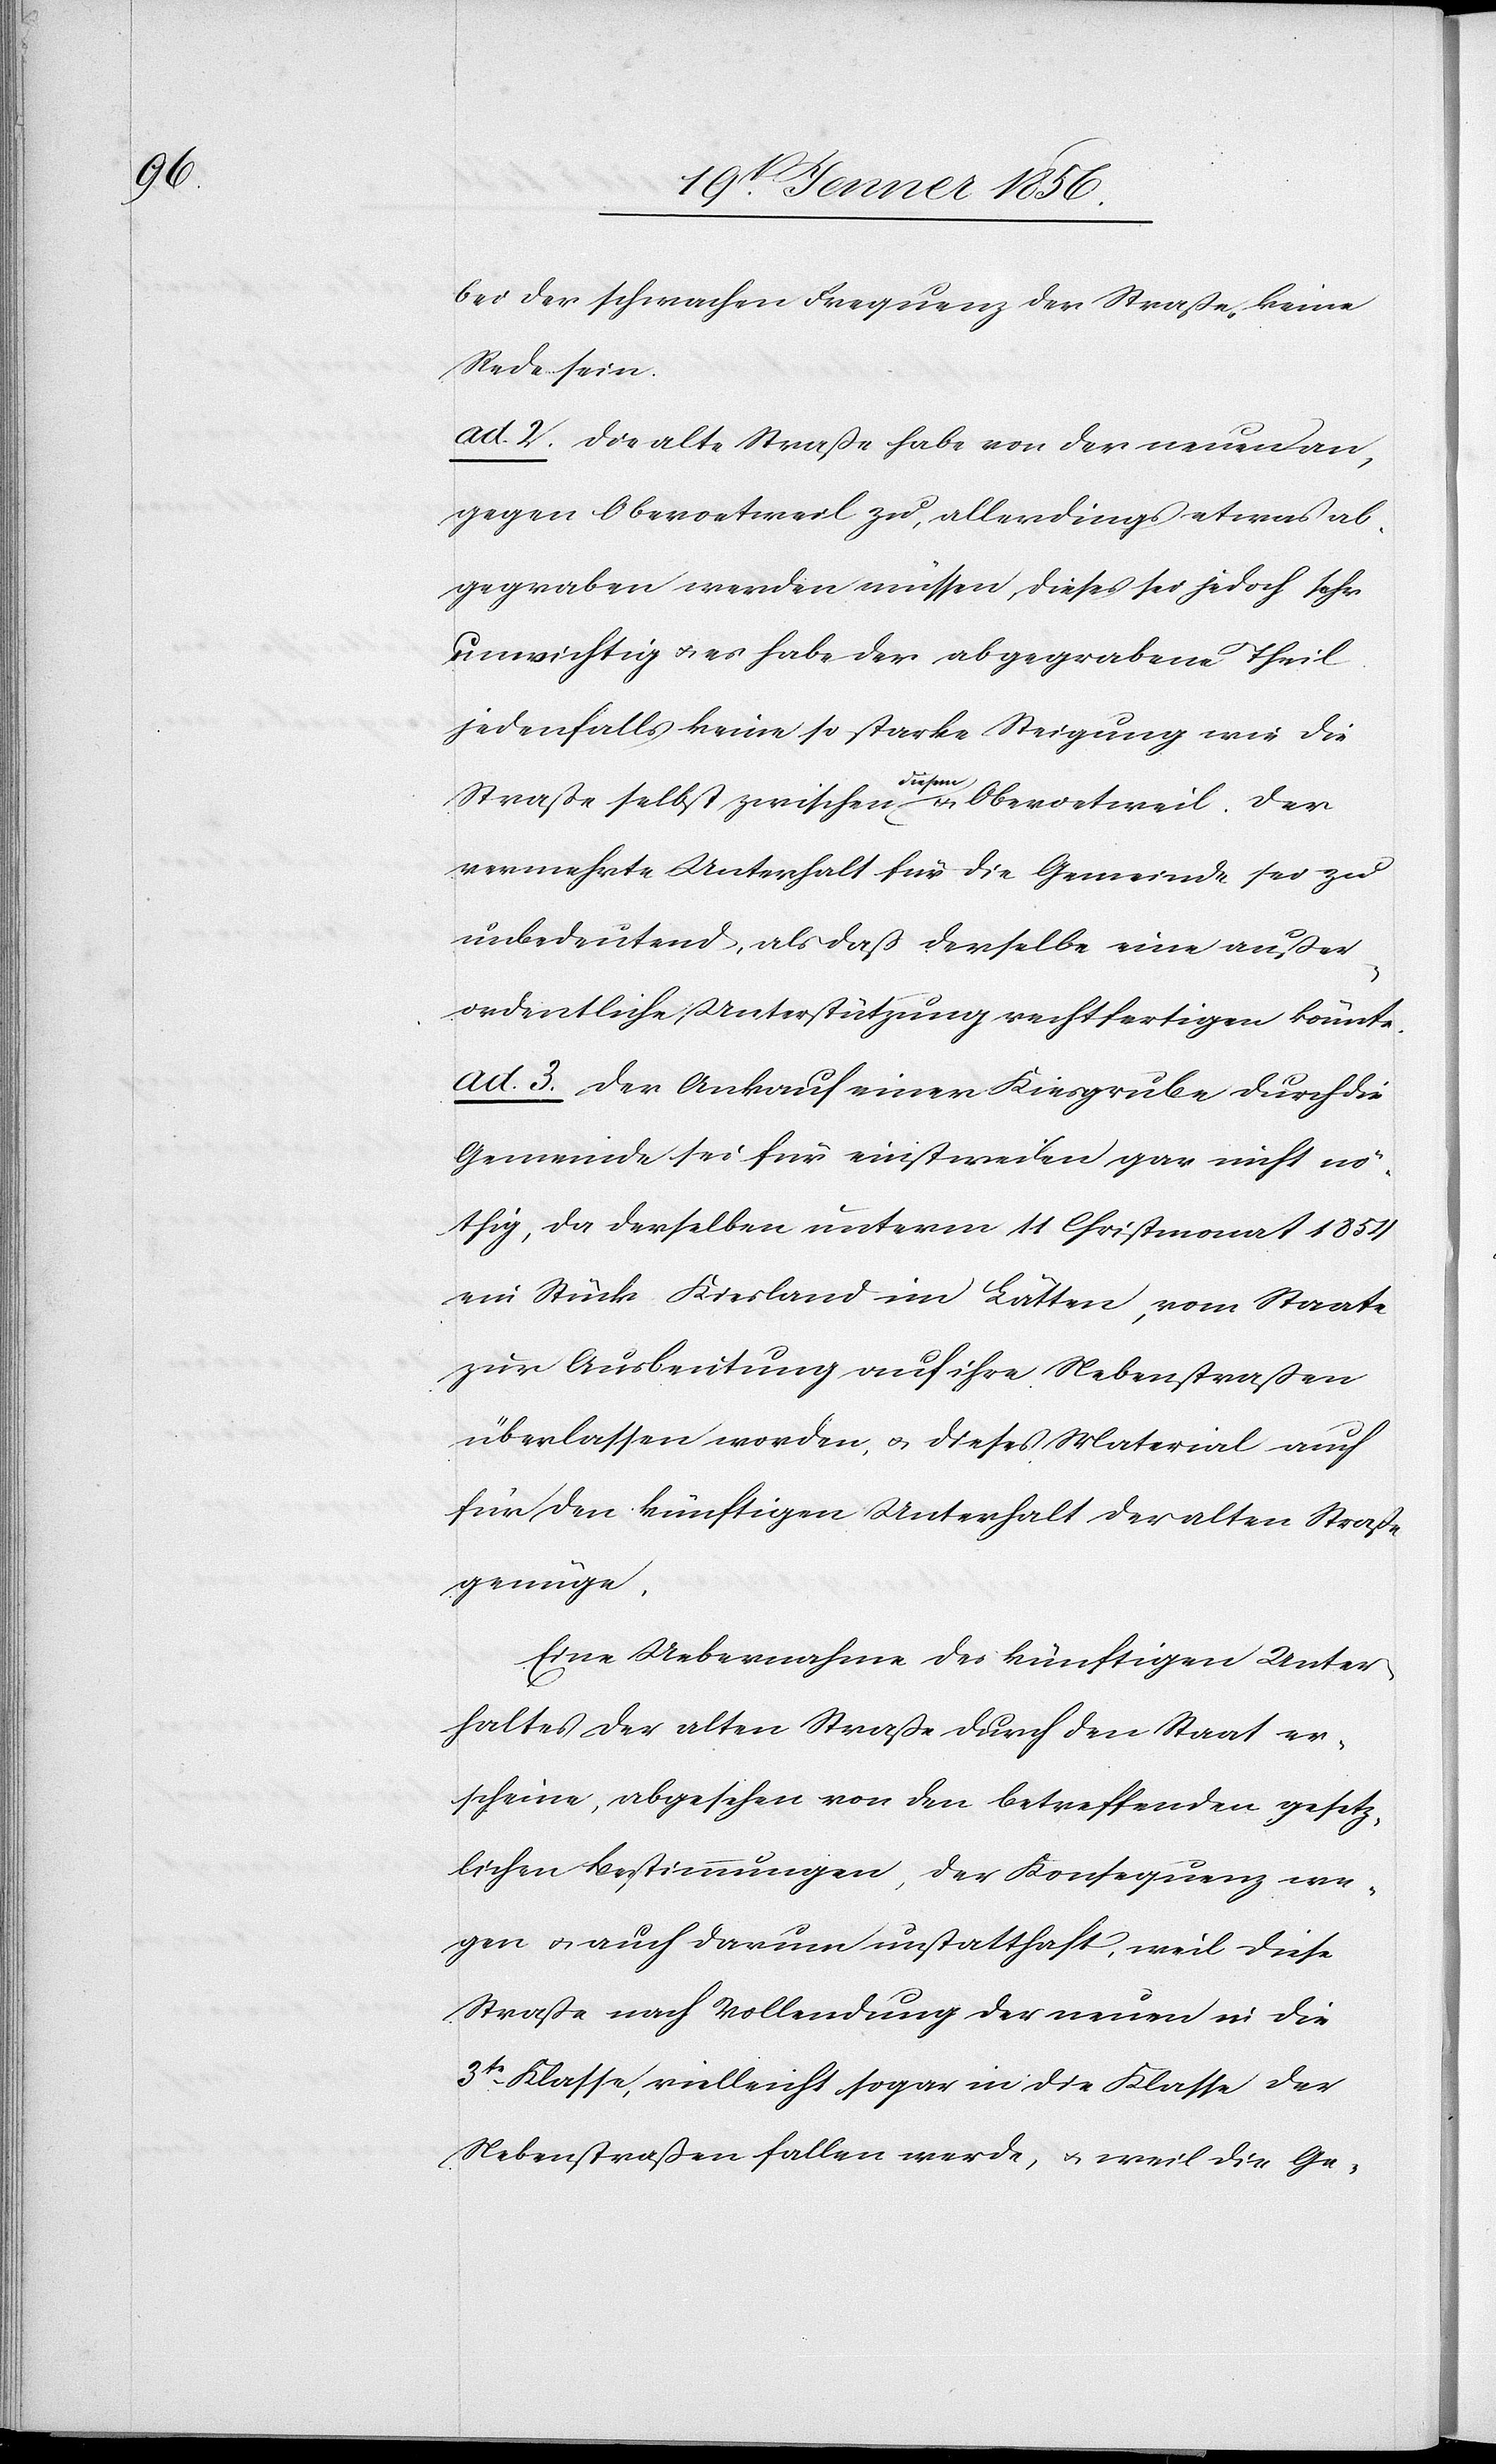
bei der schwachen Frequenz der Straße keine
Rede sein.
ad. 2. Die alte Straße habe von der neuen an,
gegen Oberoetweil zu, allerdings etwas ab¬
gegraben werden müssen, dieses sei jedoch sehr
unwichtig u. es habe der abgegrabene Theil
jedenfalls keine so starke Steigung wie die
Straße selbst zwischen adiesema u. Oberoetweil. Der
vermehrte Unterhalt für die Gemeinde sei zu
unbedeutend, als daß derselbe eine außer¬
ordentliche Unterstützung rechtfertigen könne.
ad. 3. Der Ankauf einer Kiesgrube durch die
Gemeinde sei für einstweilen gar nicht nö¬
thig, da derselben unterm 11 Christmonat 1854
ein Stück Kiesland im Lätten, vom Staate
zur Ausbeutung auf ihre Nebenstraßen
überlassen worden, u. dieses Material auch
für den künftigen Unterhalt der alten Straße
genüge.
Eine Uebernahme des künftigen Unter¬
haltes der alten Straße durch den Staat er¬
scheine, abgesehen von den betreffenden gesetz¬
lichen Bestimmungen, der Konsequenz we¬
gen u. auch darum unstatthaft, weil diese
Straße nach Vollendung der neuen in die
3te Klasse, vielleicht sogar in die Klasse der
Nebenstraßen fallen werden, u. weil die Ge-